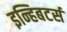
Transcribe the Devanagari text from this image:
इन्हिबटर्स